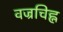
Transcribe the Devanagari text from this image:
वज्रचिह्न